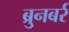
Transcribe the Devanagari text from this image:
ब्रुनबर्र